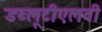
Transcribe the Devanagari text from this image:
डब्लूटीएलवी